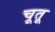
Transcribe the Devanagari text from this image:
चूतू